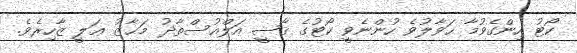
ކޯޓު ހިންގެވުމާ ޙަވާލުވެ ހުންނެވީ ކޯޓުގެ ޤާޟީ އަލްއުސްތާޛު މަޙާޒު ޢަލީ ޒާހިރެވެ.